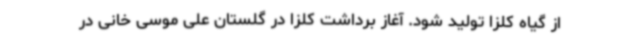
از گیاه کلزا تولید شود. آغاز برداشت کلزا در گلستان علی موسی خانی در